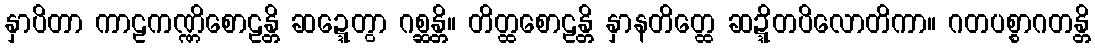
နှာပိတာ ကာဠကဏ္ဏိစောဠန္တိ ဆဍ္ဍေတွာ ဂစ္ဆန္တိ။ တိတ္ထစောဠန္တိ နှာနတိတ္ထေ ဆဍ္ဍိတပိလောတိကာ။ ဂတပစ္စာဂတန္တိ